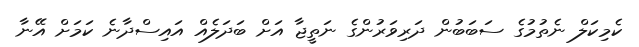
ކެމިކަލް ނެތުމުގެ ސަބަބުން ދަރިވަރުންގެ ނަތީޖާ އަށް ބަދަލެއް އައިސްދާނެ ކަމަށް އޭނާ